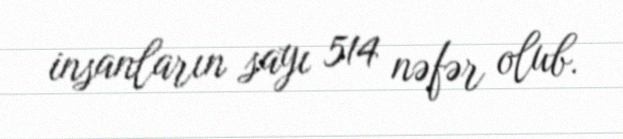
insanların sayı 514 nəfər olub.